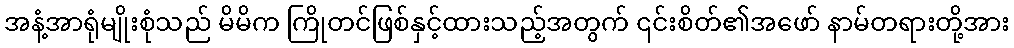
အနံ့အာရုံမျိုးစုံသည် မိမိက ကြိုတင်ဖြစ်နှင့်ထားသည့်အတွက် ၎င်းစိတ်၏အဖော် နာမ်တရားတို့အား